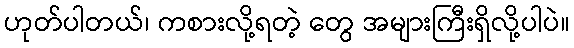
ဟုတ်ပါတယ်၊ ကစားလို့ရတဲ့ တွေ အများကြီးရှိလို့ပါပဲ။